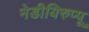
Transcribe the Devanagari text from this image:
नेडीयिरुप्पू